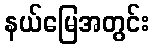
နယ်မြေအတွင်း